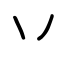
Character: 丷